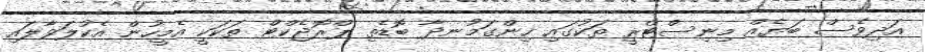
އަދިވެސް ބަޔެއް މިނިސްޓްރީ ތަކުގައި ހިންގަމުނދާ ބޮޑެތި ޕްރޮޖެކްޓް ތަކަކީ އެމީހުން އެކުލަވާލައި